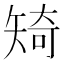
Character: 𥏜